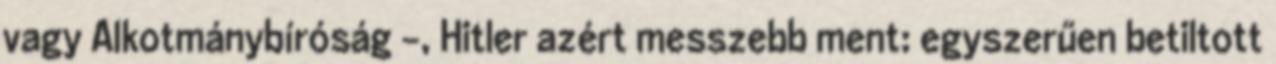
vagy Alkotmánybíróság -, Hitler azért messzebb ment: egyszerűen betiltott